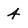
Character: 4